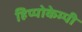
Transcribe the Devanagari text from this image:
हिप्पोकेम्पी